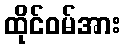
ထိုင်ဝမ်အား